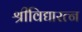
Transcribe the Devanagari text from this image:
श्रीविद्यारत्न